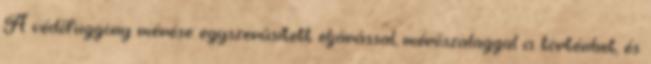
A védõfüggöny mérése egyszerûsített eljárással, mérõszalaggal is történhet, és